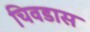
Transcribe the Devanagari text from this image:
चिवडास